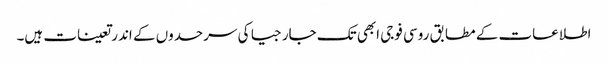
اطلاعات کے مطابق روسی فوجی ابھی تک جارجیا کی سرحدوں کے اندر تعینات ہیں۔